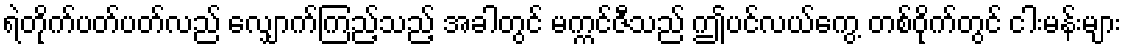
ရဲတိုက်ပတ်ပတ်လည် လျှောက်ကြည့်သည့် အခါတွင် မက္ကင်ဇီသည် ဤပင်လယ်ကွေ့ တစ်ဝိုက်တွင် ငါးမန်းများ